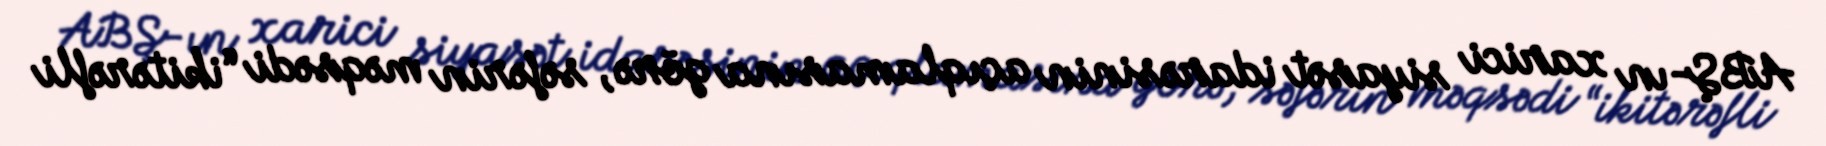
ABŞ-ın xarici siyasət idarəsinin açıqlamasına görə, səfərin məqsədi “ikitərəfli